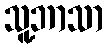
သူ့ဘာသာ